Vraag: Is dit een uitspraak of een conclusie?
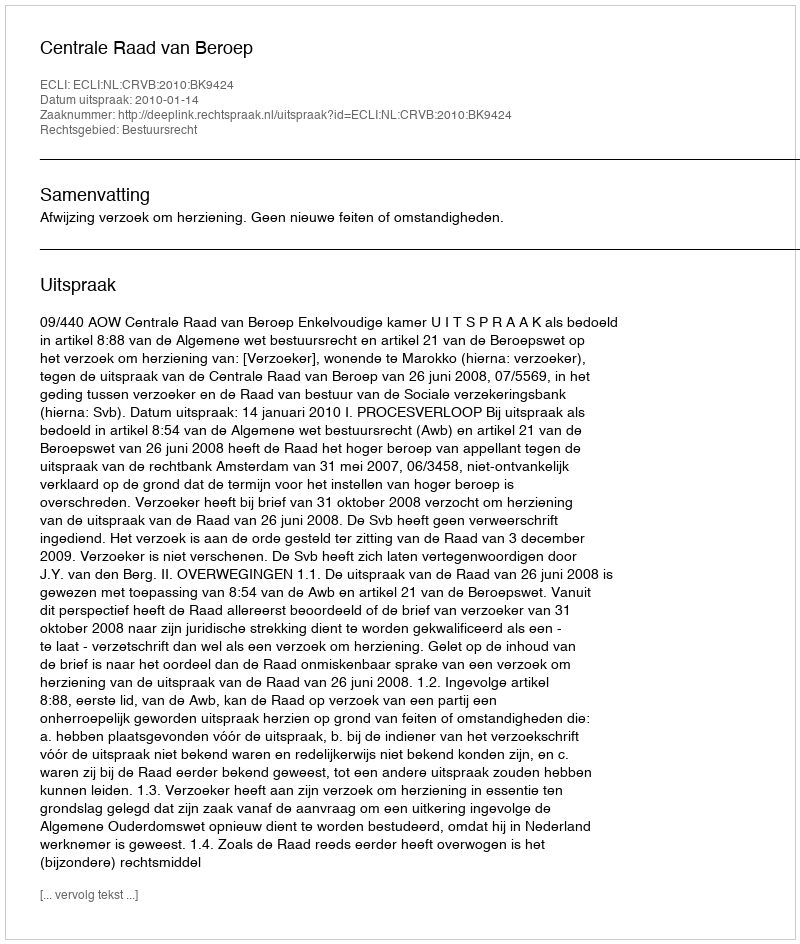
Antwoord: Uitspraak